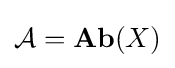
{\textstyle {\mathcal {A}}=\mathbf {Ab} (X)}